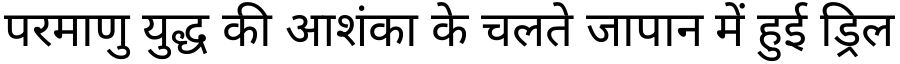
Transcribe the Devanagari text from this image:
परमाणु युद्ध की आशंका के चलते जापान में हुई ड्रिल